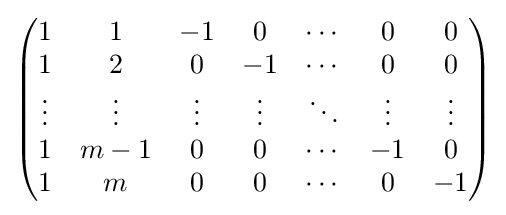
\left({\begin{matrix}1&1&-1&0&\cdots &0&0\\1&2&0&-1&\cdots &0&0\\\vdots &\vdots &\vdots &\vdots &\ddots &\vdots &\vdots \\1&m-1&0&0&\cdots &-1&0\\1&m&0&0&\cdots &0&-1\end{matrix}}\right)